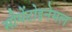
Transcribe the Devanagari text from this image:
सीमेंटोइनेमल